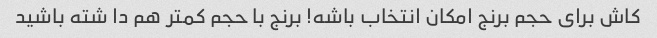
کاش برای حجم برنج امکان انتخاب باشه! برنج‌ با حجم کمتر هم دا شته باشید